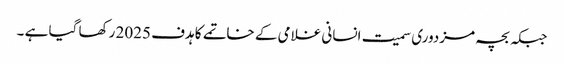
جبکہ بچہ مزدوری سمیت انسانی غلامی کے خاتمے کا ہدف 2025 رکھا گیا ہے ۔